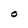
Character: O